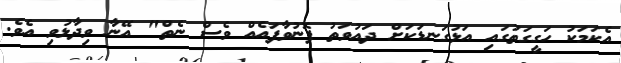
އެކަމަކު ހަގީގަތުގައި އަޅުގަނޑަކަށް ދައުވަތު ފޮނުވާފައެއް ވެސް ނެތް" އޭނާ ވިދާޅުވި އެވެ.